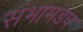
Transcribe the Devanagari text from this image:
संभामंडप